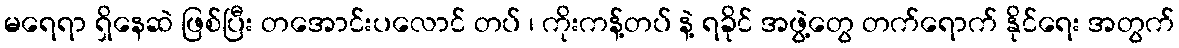
မရေရာ ရှိနေဆဲ ဖြစ်ပြီး တအောင်းပလောင် တပ် ၊ ကိုးကန့်တပ် နဲ့ ရခိုင် အဖွဲ့တွေ တက်ရောက် နိုင်ရေး အတွက်